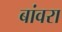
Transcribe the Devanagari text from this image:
बांवरा